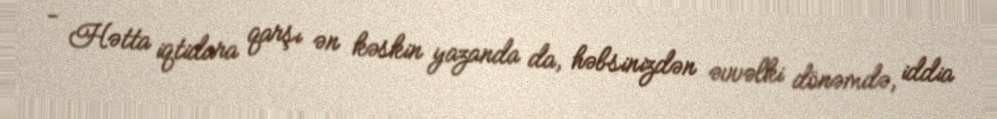
- Hətta iqtidara qarşı ən kəskin yazanda da, həbsinizdən əvvəlki dönəmdə, iddia